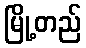
မြို့တည်